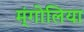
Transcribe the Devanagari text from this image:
म्ंगोलिया